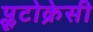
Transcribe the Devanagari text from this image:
प्लूटोक्रेसी